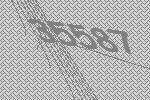
35587